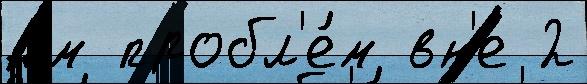
ч́м пробл'е́м вн'е 2